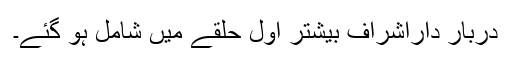
دربار داراشراف بیشتر اول حلقے میں شامل ہو گئے۔